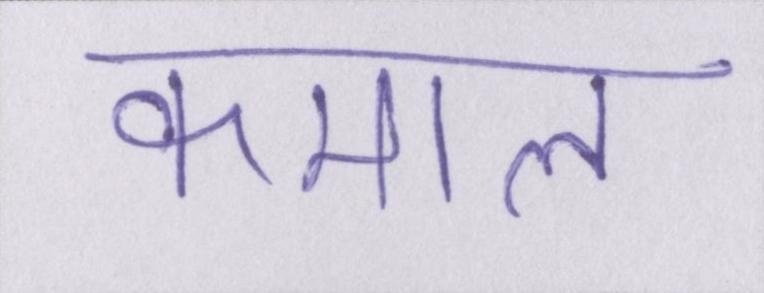
कमाल